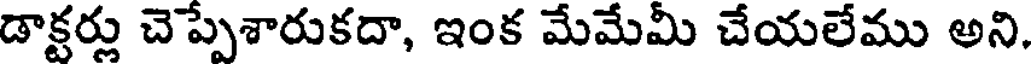
డాక్టర్లు చెప్పేశారుకదా, ఇంక మేమేమీ చేయలేము అని.